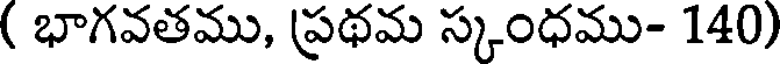
( భాగవతము, ప్రథమ స్కంధము- 140)